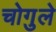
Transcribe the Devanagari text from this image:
चोगुले